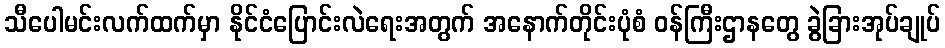
သီပေါမင်းလက်ထက်မှာ နိုင်ငံပြောင်းလဲရေးအတွက် အနောက်တိုင်းပုံစံ ဝန်ကြီးဌာနတွေ ခွဲခြားအုပ်ချုပ်